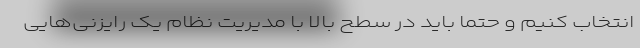
انتخاب کنیم و حتما باید در سطح بالا با مدیریت نظام یک رایزنی‌هایی